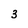
Character: 3